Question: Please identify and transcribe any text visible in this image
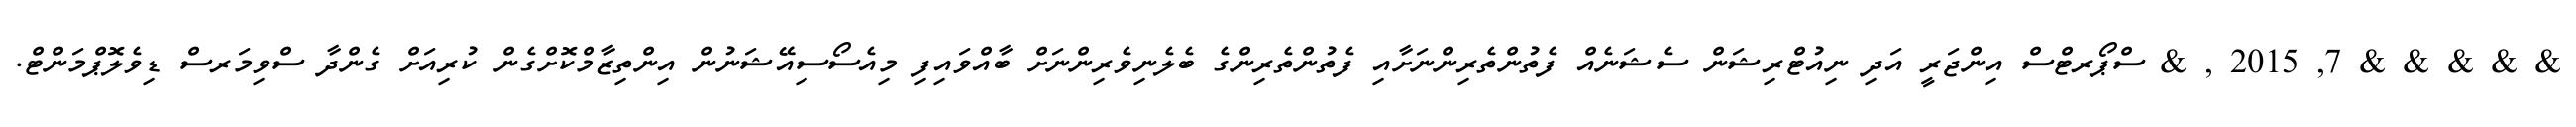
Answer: & & & & & 7, 2015 , & ސްޕޯރޓްސް އިންޖަރީ އަދި ނިއުޓްރިޝަން ސެޝަނެއް ފެތުންތެރިންނަށާއި ފެތުންތެރިންގެ ބެލެނިވެރިންނަށް ބާއްވައިފި މިއެސޯސިއޭޝަނުން އިންތިޒާމްކޮށްގެން ކުރިއަށް ގެންދާ ސްވިމަރސް ޑިވެލޮޕްމަންޓް.